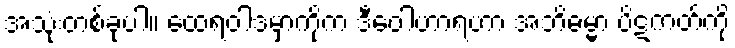
အသုံးတစ်ခုပါ။ ထေရဝါဒမှာကိုက ဒီဝေါဟာရဟာ အဘိဓမ္မာ ပိဋကတ်ကို